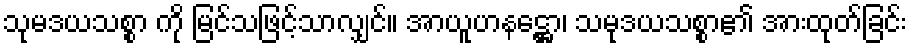
သုမဒယသစ္စာ ကို မြင်သဖြင့်သာလျှင်။ အာယူဟနဋ္ဌော၊ သမုဒယသစ္စာ၏ အားထုတ်ခြင်း